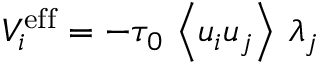
V _ { i } ^ { \mathrm { e f f } } = - \tau _ { 0 } \, \left\langle u _ { i } u _ { j } \right\rangle \, \lambda _ { j }